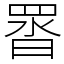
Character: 䍝